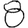
Digit: 8